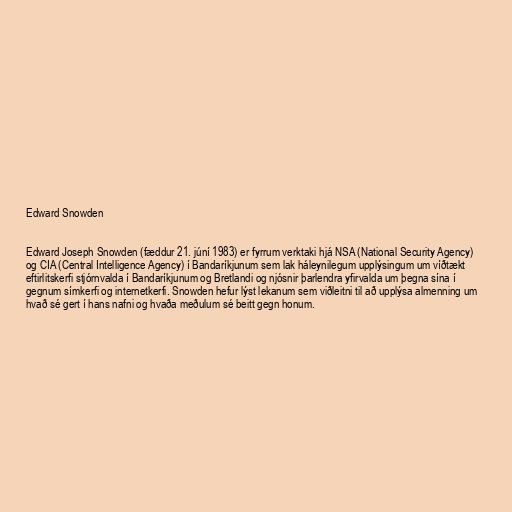
Edward Snowden

Edward Joseph Snowden (fæddur 21. júní 1983) er fyrrum verktaki hjá NSA (National Security Agency)
og CIA (Central Intelligence Agency) í Bandaríkjunum sem lak háleynilegum upplýsingum um víðtækt
eftirlitskerfi stjórnvalda í Bandaríkjunum og Bretlandi og njósnir þarlendra yfirvalda um þegna sína í
gegnum símkerfi og internetkerfi. Snowden hefur lýst lekanum sem viðleitni til að upplýsa almenning um
hvað sé gert í hans nafni og hvaða meðulum sé beitt gegn honum.